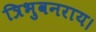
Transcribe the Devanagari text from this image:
त्रिभुवनराय।